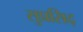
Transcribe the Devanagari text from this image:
सुप्रसिद्